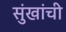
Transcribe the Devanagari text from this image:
सुंखांची